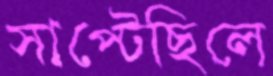
সাপ্‌টেছিলে